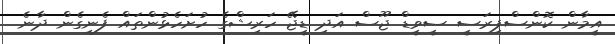
އީމާން ކޮންސްޕިރަސީ ސީވީޑް ޖޫސް އަދި ޑީޖޭ ހަރިޝްގެ ހުށަހެޅުންތައް ފެނިގެން ދާނެ